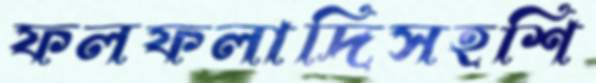
ফলফলাদিসহশি